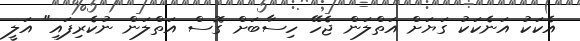
އެކަކު އަނެކަކު ގަޔަށް އަތްލަން ޖެހޭ ހިސާބަށް ގޮސް އަތްލަން ނުކެރިފައި" އަލީ